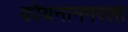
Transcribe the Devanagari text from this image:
कोयनानगरला